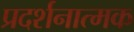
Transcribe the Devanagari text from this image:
प्रदर्शनात्‍मक